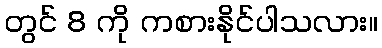
တွင် 8 ကို ကစားနိုင်ပါသလား။